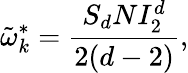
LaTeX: \tilde{\omega}_{k}^{*}=\frac{S_{d}NI_{2}^{d}}{2(d-2)},